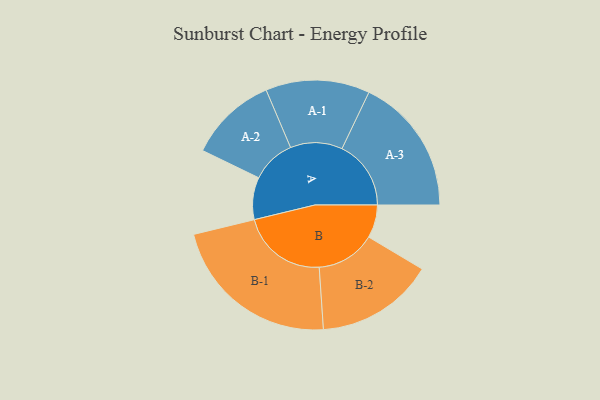
{"axis": {"x": "Segment", "y": "Value"}, "legend": ["", "A", "B"], "data": [{"x": "A", "y": 142, "type": ""}, {"x": "B", "y": 111, "type": ""}, {"x": "A-1", "y": 175, "type": "A"}, {"x": "A-2", "y": 148, "type": "A"}, {"x": "A-3", "y": 232, "type": "A"}, {"x": "B-1", "y": 289, "type": "B"}, {"x": "B-2", "y": 199, "type": "B"}]}